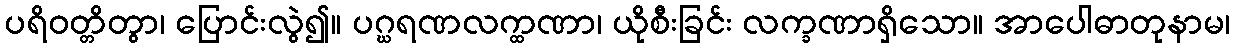
ပရိဝတ္တိတွာ၊ ပြောင်းလွဲ၍။ ပဂ္ဃရဏလက္ထဏာ၊ ယိုစီးခြင်း လက္ခဏာရှိသော။ အာပေါဓာတုနာမ၊